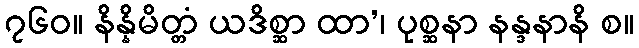
၇၆၀။ နိန္နိမိတ္တံ ယဒိစ္ဆာ ထာ’၊ ပုစ္ဆနာ နန္ဒနာနိ စ။